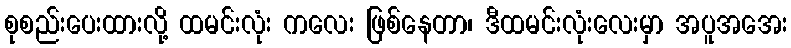
စုစည်းပေးထားလို့ ထမင်းလုံး ကလေး ဖြစ်နေတာ၊ ဒီထမင်းလုံးလေးမှာ အပူအအေး